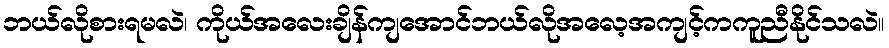
ဘယ်လိုစားရမလဲ၊ ကိုယ်အလေးချိန်ကျအောင်ဘယ်လိုအလေ့အကျင့်ကကူညီနိုင်သလဲ။